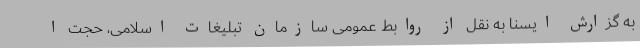
به گزارش ایسنا به نقل از روابط عمومی سازمان تبلیغات اسلامی، حجت ا